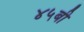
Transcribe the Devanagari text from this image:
४५बी